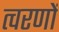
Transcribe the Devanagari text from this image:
त्वरणों